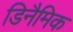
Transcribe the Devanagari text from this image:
डिनैमिक